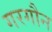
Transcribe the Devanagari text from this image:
गरगौन